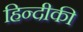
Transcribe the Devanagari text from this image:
हिन्दीकी